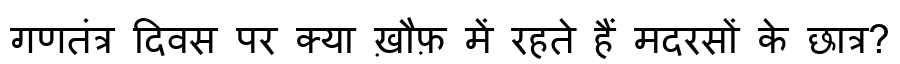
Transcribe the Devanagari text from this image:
गणतंत्र दिवस पर क्या ख़ौफ़ में रहते हैं मदरसों के छात्र?